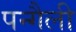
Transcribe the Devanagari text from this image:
पन्गैली